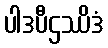
ပါဒပီဌဿိဒံ